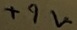
Text: +9V